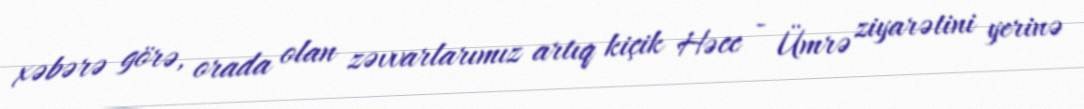
xəbərə görə, orada olan zəvvarlarımız artıq kiçik Həcc - Ümrə ziyarətini yerinə